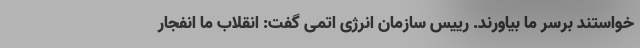
خواستند برسر ما بیاورند. رییس سازمان انرژی اتمی گفت: انقلاب ما انفجار